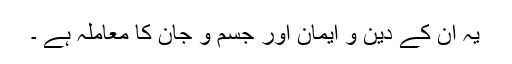
یہ ان کے دین و ایمان اور جسم و جان کا معاملہ ہے ۔